Vaccine operations Central Provinces & Berar 1912-1920 - 1912-1920
Year: 1912
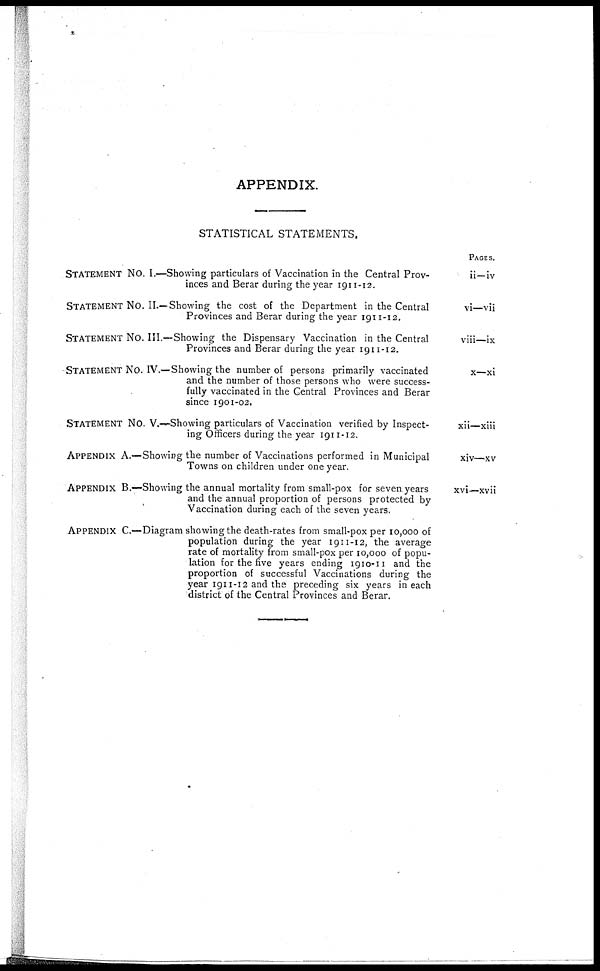
APPENDIX.
STATISTICAL STATEMENTS.
STATEMENT No. I.—Showing particulars of Vaccination in the Central Prov-
inces and Berar during the year 1911-12.
STATEMENT No. II.—Showing the cost of the Department in the Central
Provinces and Berar during the year 1911-12.
STATEMENT No. III.—Showing the Dispensary Vaccination in the Central
Provinces and Berar during the year 1911-12.
STATEMENT No. IV.—Showing the number of persons primarily vaccinated
and the number of those persons who were success-
fully vaccinated in the Central Provinces and Berar
since 1901-02.
STATEMENT No. V.—Showing particulars of Vaccination verified by Inspect-
ing Officers during the year 1911-12.
APPENDIX A.—Showing the number of Vaccinations performed in Municipal
Towns on children under one year.
APPENDIX B.—Showing the annual mortality from small-pox for seven years
and the annual proportion of persons protected by
Vaccination during each of the seven years.
APPENDIX C—Diagram showing the death-rates from small-pox per 10,000 of
population during the year 1911-12, the average
rate of mortality from small-pox per 10,000 of popu-
lation for the five years ending 1910-11 and the
proportion of successful Vaccinations during the
year 1911-12 and the preceding six years in each
district of the Central Provinces and Berar.
PAGES.
ii—iv
vi—vii
viii—ix
x—xi
xii—xiii
xiv—xv
xvi—xvii